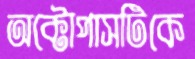
অক্টোপাসটিকে